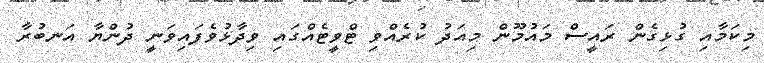
މިކަމާއި ގުޅިގެން ރައީސް މައުމޫން މިއަދު ކުރެއްވި ޓްވީޓެއްގައި ވިދާޅުވެފައިވަނީ ދުންޔާ އަނބުރާ